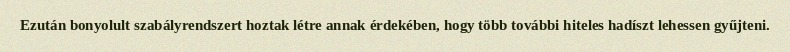
Ezután bonyolult szabályrendszert hoztak létre annak érdekében, hogy több további hiteles hadíszt lehessen gyűjteni.